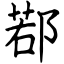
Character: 鄀